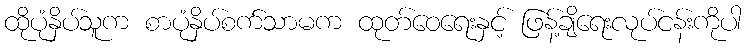
ထိုပုံနှိပ်သူက စာပုံနှိပ်စက်သာမက ထုတ်ဝေရေးနှင့် ဖြန့်ချိရေးလုပ်ငန်းကိုပါ